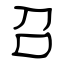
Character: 召